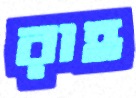
রাহ